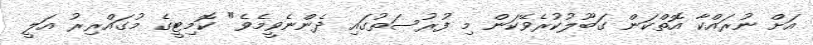
އަށް ނުރައްކާ އޮތްކަން ގަބޫލުކުރެވޭކަން މި ފުރުސަތުގައި ދެންނެވީމެވެ" ކޮމިޓީގެ މުގައްރިރު އަލީ